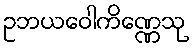
ဥဘယဝေါကိဏ္ဏေသု